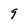
Character: 9